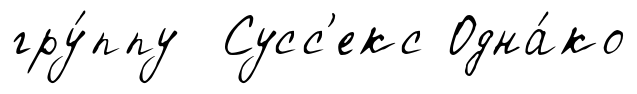
гру́ппу Сусс'екс Одна́ко